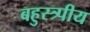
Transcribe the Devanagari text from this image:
बहुस्त्र्पीय